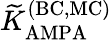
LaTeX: {\widetilde K}_{\mathrm{AMPA}}^{\mathrm{(BC,MC)}}